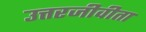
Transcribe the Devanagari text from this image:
उत्तरजीवीता